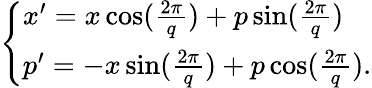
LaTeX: \begin{array}{r}{\left\{ \begin{array}{lll}{x^{\prime}=x\cos(\frac{2\pi}{q})+p\sin(\frac{2\pi}{q})}\\ {p^{\prime}=-x\sin(\frac{2\pi}{q})+p\cos(\frac{2\pi}{q}).}\end{array}\right.}\end{array}